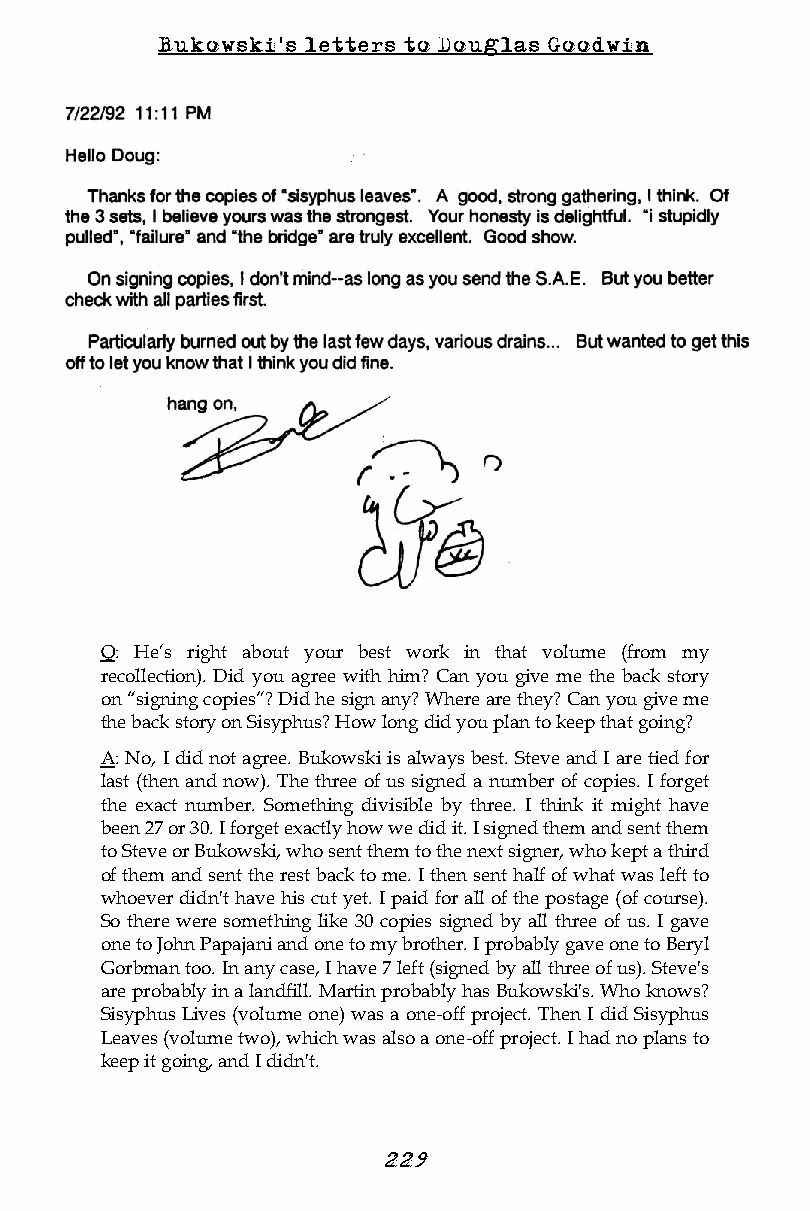
Bukowski's letters to Douglas Goodwin
 Q: He’s right about your best work in that volume (from my
 recollection). Did you agree with him? Can you give me the back story
 on “signing copies”? Did he sign any? Where are they? Can you give me
 the back story on Sisyphus? How long did you plan to keep that going?
 A: No, I did not agree. Bukowski is always best. Steve and I are tied for
 last (then and now). The three of us signed a number of copies. I forget
 the exact number. Something divisible by three. I think it might have
 been 27 or 30. I forget exactly how we did it. I signed them and sent them
 to Steve or Bukowski, who sent them to the next signer, who kept a third
 of them and sent the rest back to me. I then sent half of what was left to
 whoever didn't have his cut yet. I paid for all of the postage (of course).
 So there were something like 30 copies signed by all three of us. I gave
 one to John Papajani and one to my brother. I probably gave one to Beryl
 Gorbman too. In any case, I have 7 left (signed by all three of us). Steve's
 are probably in a landfill. Martin probably has Bukowski's. Who knows?
 Sisyphus Lives (volume one) was a one-off project. Then I did Sisyphus
 Leaves (volume two), which was also a one-off project. I had no plans to
 keep it going, and I didn't.
 22 9